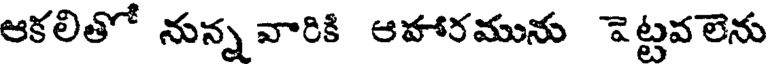
ఆకలితో నున్న వారికి ఆహారమును పెట్టవలెను